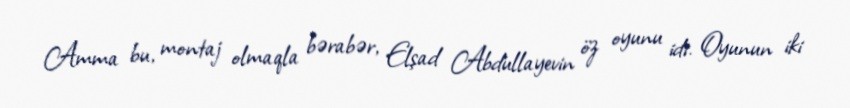
Amma bu, montaj olmaqla bərabər, Elşad Abdullayevin öz oyunu idi. Oyunun iki